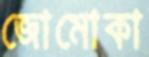
জোমোকা